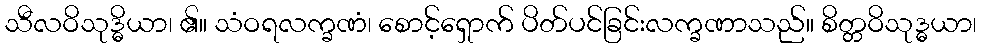
သီလဝိသုဒ္ဓိယာ၊ ၏။ သံဝရလက္ခဏံ၊ စောင့်ရှောက် ပိတ်ပင်ခြင်းလက္ခဏာသည်။ စိတ္တဝိသုဒ္ဓယာ၊